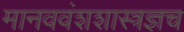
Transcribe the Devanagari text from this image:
मानववंशशास्त्रज्ञच